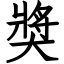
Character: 奬